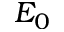
E _ { 0 }